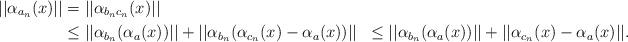
LaTeX: \begin{align*}||\alpha_{a_{n}}(x)||&=||\alpha_{b_{n}c_{n}}(x)|| \\ & \leq ||\alpha_{b_{n}}(\alpha_{a}(x))|| + ||\alpha_{b_{n}}(\alpha_{c_{n}}(x)-\alpha_{a}(x))|| & \leq ||\alpha_{b_{n}}(\alpha_{a}(x))|| + ||\alpha_{c_{n}}(x)-\alpha_{a}(x)||.\end{align*}